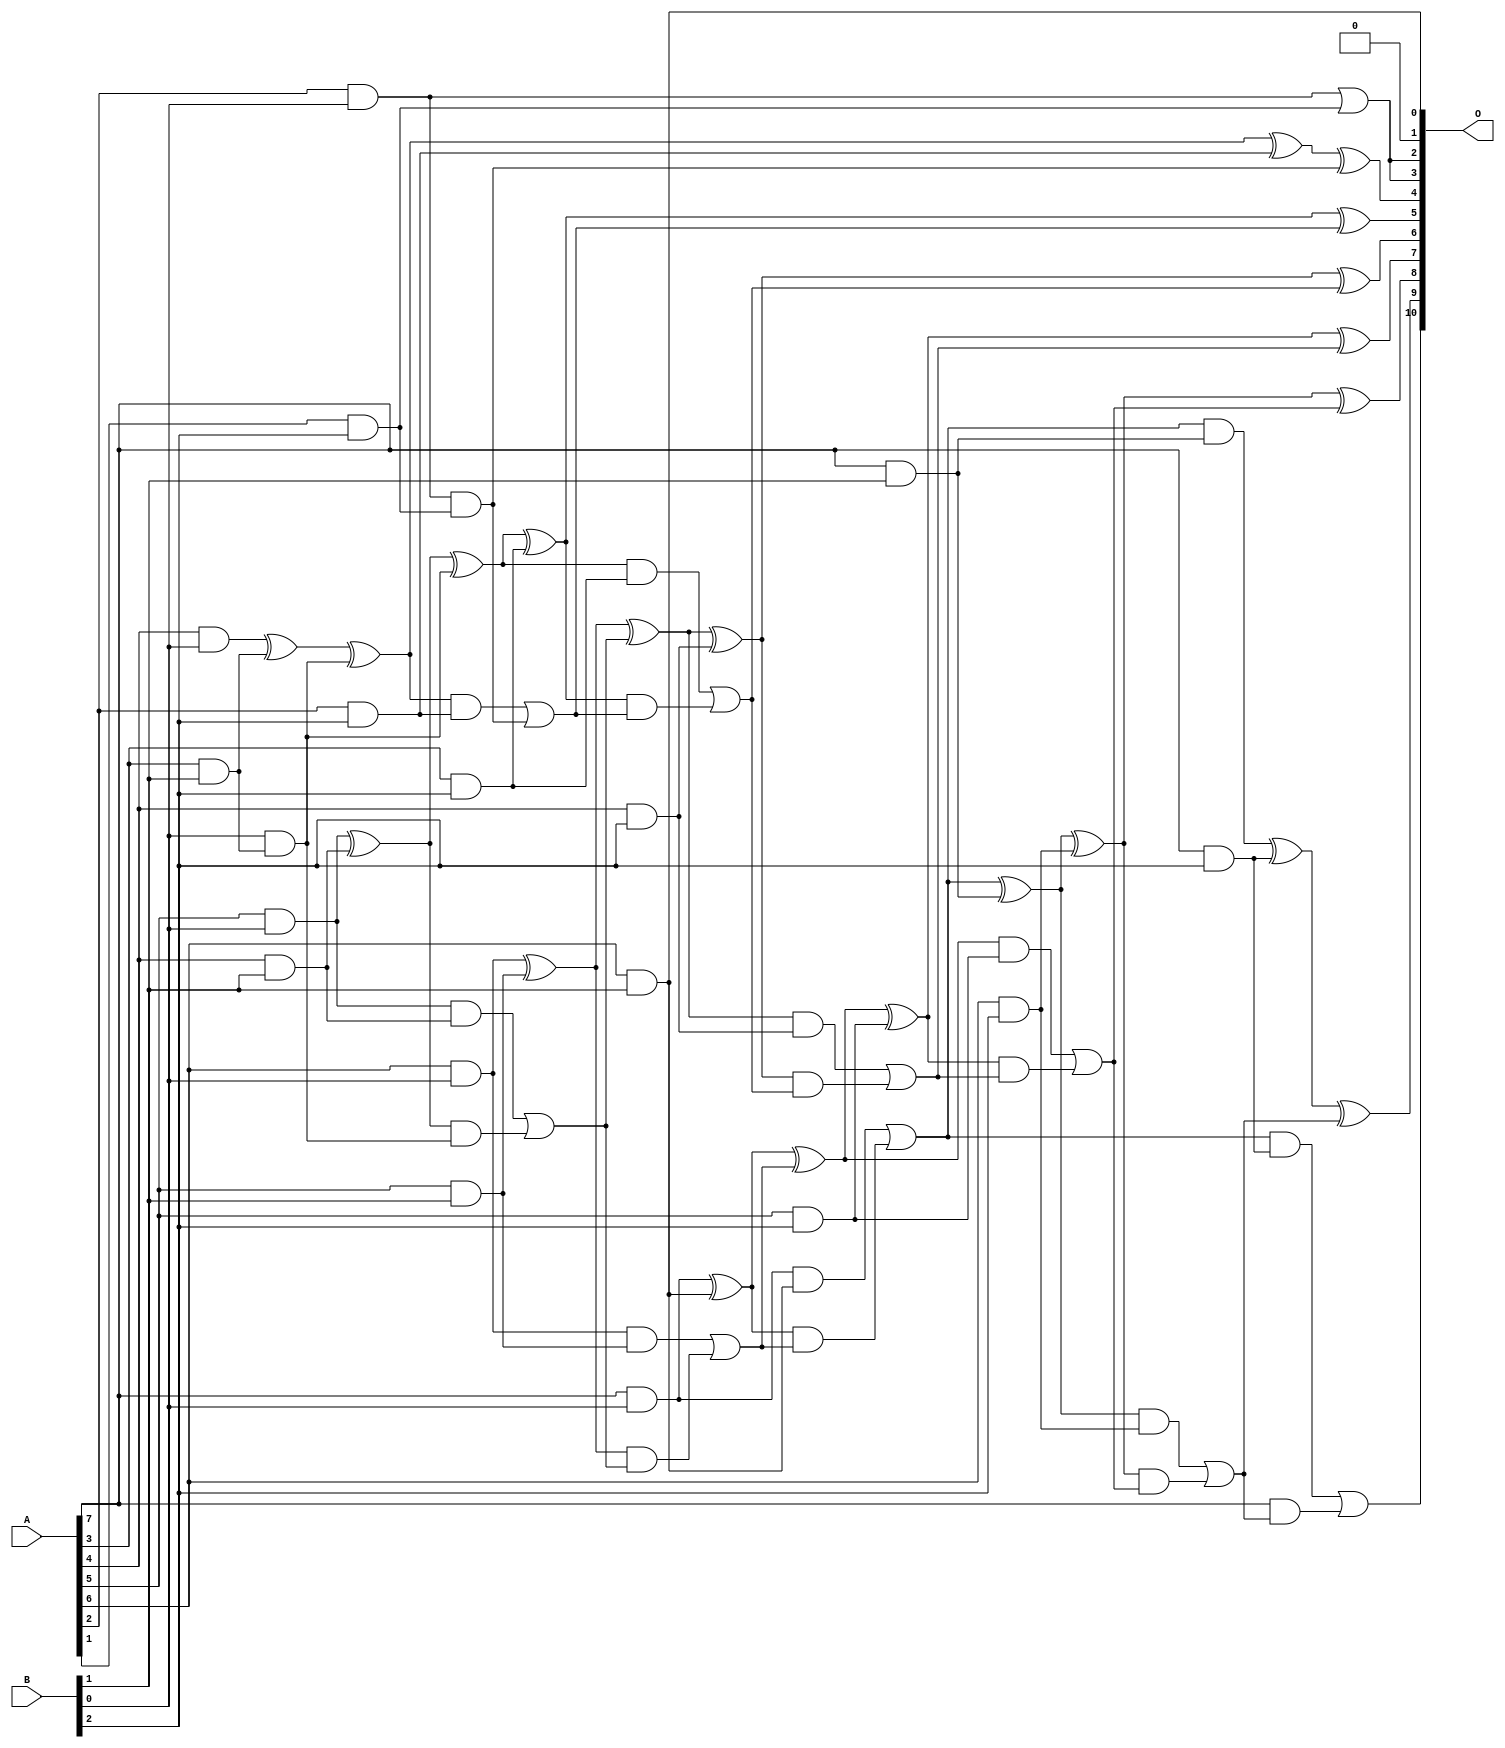
/***
* This code is a part of EvoApproxLib library (ehw.fit.vutbr.cz/approxlib) distributed under The MIT License.
* When used, please cite the following article(s): V. Mrazek, L. Sekanina, Z. Vasicek "Libraries of Approximate Circuits: Automated Design and Application in CNN Accelerators" IEEE Journal on Emerging and Selected Topics in Circuits and Systems, Vol 10, No 4, 2020 
* This file contains a circuit from a sub-set of pareto optimal circuits with respect to the pwr and mae parameters
***/
// MAE% = 0.21 %
// MAE = 4.3 
// WCE% = 0.68 %
// WCE = 14 
// WCRE% = 200.00 %
// EP% = 73.05 %
// MRE% = 4.15 %
// MSE = 36 
// PDK45_PWR = 0.053 mW
// PDK45_AREA = 154.9 um2
// PDK45_DELAY = 0.65 ns

module mul8x3u_15X (
    A,
    B,
    O
);

input [7:0] A;
input [2:0] B;
output [10:0] O;

wire sig_14,sig_15,sig_16,sig_17,sig_18,sig_21,sig_22,sig_23,sig_24,sig_25,sig_26,sig_38,sig_39,sig_42,sig_43,sig_44,sig_45,sig_46,sig_47,sig_48;
wire sig_49,sig_50,sig_51,sig_52,sig_53,sig_54,sig_55,sig_56,sig_57,sig_58,sig_59,sig_60,sig_62,sig_63,sig_64,sig_65,sig_66,sig_67,sig_68,sig_71;
wire sig_72,sig_76,sig_77,sig_79,sig_80,sig_81,sig_82,sig_83,sig_84,sig_85,sig_86,sig_87,sig_88,sig_89,sig_90,sig_91,sig_92,sig_93,sig_94,sig_95;
wire sig_96,sig_97,sig_98,sig_99,sig_100,sig_101,sig_102,sig_103,sig_104,sig_105;

assign sig_14 = A[3] & B[1];
assign sig_15 = A[4] & B[0];
assign sig_16 = A[5] & B[0];
assign sig_17 = A[6] & B[0];
assign sig_18 = A[7] & B[0];
assign sig_21 = A[2] & B[0];
assign sig_22 = A[3] & B[1];
assign sig_23 = A[4] & B[1];
assign sig_24 = A[5] & B[1];
assign sig_25 = A[6] & B[1];
assign sig_26 = A[7] & B[1];
assign sig_38 = B[0] & sig_14;
assign sig_39 = sig_15 ^ sig_22;
assign sig_42 = sig_39 ^ sig_38;
assign sig_43 = B[0] & sig_14;
assign sig_44 = sig_16 ^ sig_23;
assign sig_45 = sig_16 & sig_23;
assign sig_46 = sig_44 & sig_43;
assign sig_47 = sig_44 ^ sig_43;
assign sig_48 = sig_45 | sig_46;
assign sig_49 = sig_17 ^ sig_24;
assign sig_50 = sig_17 & sig_24;
assign sig_51 = sig_49 & sig_48;
assign sig_52 = sig_49 ^ sig_48;
assign sig_53 = sig_50 | sig_51;
assign sig_54 = sig_18 ^ sig_25;
assign sig_55 = sig_18 & sig_25;
assign sig_56 = sig_54 & sig_53;
assign sig_57 = sig_54 ^ sig_53;
assign sig_58 = sig_55 | sig_56;
assign sig_59 = sig_58 & sig_26;
assign sig_60 = sig_58 ^ sig_26;
assign sig_62 = A[1] & B[2];
assign sig_63 = A[2] & B[2];
assign sig_64 = A[3] & B[2];
assign sig_65 = A[4] & B[2];
assign sig_66 = A[5] & B[2];
assign sig_67 = A[6] & B[2];
assign sig_68 = A[7] & B[2];
assign sig_71 = sig_21 | sig_62;
assign sig_72 = sig_21 & sig_62;
assign sig_76 = sig_42 ^ sig_63;
assign sig_77 = sig_42 & sig_63;
assign sig_79 = sig_76 ^ sig_72;
assign sig_80 = sig_77 | sig_72;
assign sig_81 = sig_47 ^ sig_64;
assign sig_82 = sig_47 & sig_64;
assign sig_83 = sig_81 & sig_80;
assign sig_84 = sig_81 ^ sig_80;
assign sig_85 = sig_82 | sig_83;
assign sig_86 = sig_52 ^ sig_65;
assign sig_87 = sig_52 & sig_65;
assign sig_88 = sig_86 & sig_85;
assign sig_89 = sig_86 ^ sig_85;
assign sig_90 = sig_87 | sig_88;
assign sig_91 = sig_57 ^ sig_66;
assign sig_92 = sig_57 & sig_66;
assign sig_93 = sig_91 & sig_90;
assign sig_94 = sig_91 ^ sig_90;
assign sig_95 = sig_92 | sig_93;
assign sig_96 = sig_60 ^ sig_67;
assign sig_97 = sig_60 & sig_67;
assign sig_98 = sig_96 & sig_95;
assign sig_99 = sig_96 ^ sig_95;
assign sig_100 = sig_97 | sig_98;
assign sig_101 = sig_59 ^ sig_68;
assign sig_102 = sig_58 & sig_68;
assign sig_103 = A[7] & sig_100;
assign sig_104 = sig_101 ^ sig_100;
assign sig_105 = sig_102 | sig_103;

assign O[10] = sig_105;
assign O[9] = sig_104;
assign O[8] = sig_99;
assign O[7] = sig_94;
assign O[6] = sig_89;
assign O[5] = sig_84;
assign O[4] = sig_79;
assign O[3] = sig_71;
assign O[2] = sig_71;
assign O[1] = 1'b0;
assign O[0] = sig_25;

endmodule